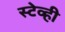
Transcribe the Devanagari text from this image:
स्टेव्ही